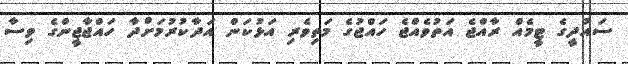
ސައުދީގެ ޓީމެއް ރާއްޖެ އަތުވެއްޖެ ހައްޖުގެ މަތިވެރި އަޅުކަން އަދާކުރުމަށްދާ ހައްޖާޖީންގެ ވިސާ